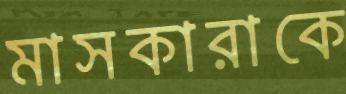
মাসকারাকে